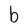
Character: b